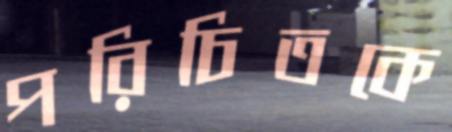
পরিচিতকে